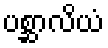
ပစ္ဆာလိယံ